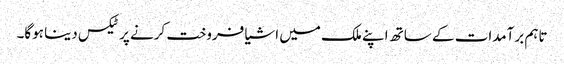
تاہم برآمدات کے ساتھ اپنے ملک میں اشیا فروخت کرنے پر ٹیکس دینا ہوگا۔